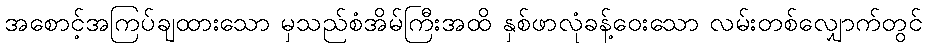
အစောင့်အကြပ်ချထားသော မှသည်စံအိမ်ကြီးအထိ နှစ်ဖာလုံခန့်ဝေးသော လမ်းတစ်လျှောက်တွင်